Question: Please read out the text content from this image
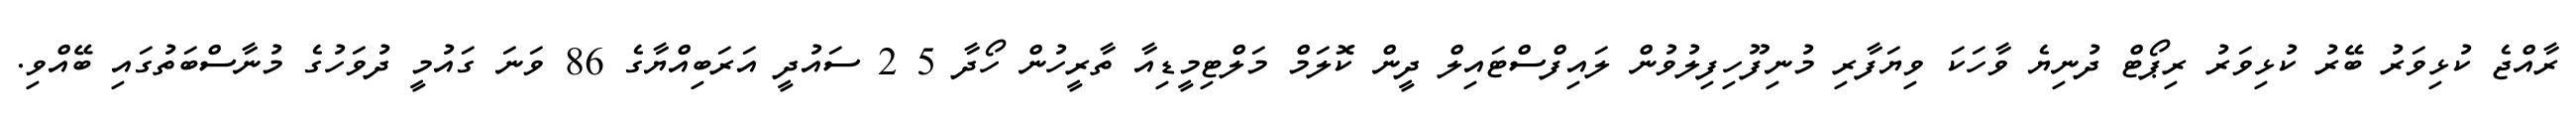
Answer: ރާއްޖެ ކުޅިވަރު ބޭރު ކުޅިވަރު ރިޕޯޓް ދުނިޔެ ވާހަކަ ވިޔަފާރި މުނިފޫހިފިލުވުން ލައިފްސްޓައިލް ދީން ކޮލަމް މަލްޓިމީޑިއާ ތާރީހުން ހޯދާ 5 2 ސައުދީ އަރަބިއްޔާގެ 86 ވަނަ ގައުމީ ދުވަހުގެ މުނާސްބަތުގައި ބޭއްވި.